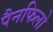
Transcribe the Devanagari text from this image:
पैनफिलो